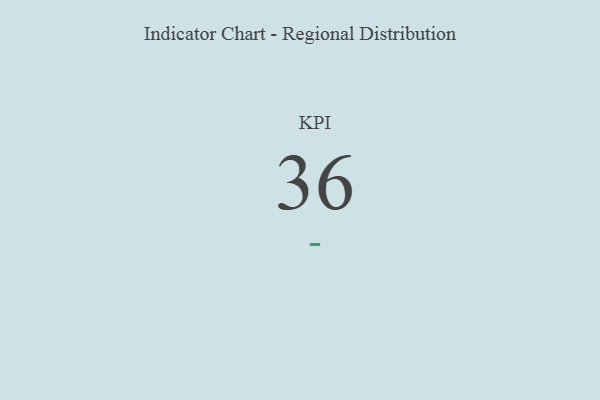
{"axis": {"x": "KPI", "y": "Value"}, "legend": [""], "data": [{"x": "KPI", "y": 36, "type": ""}]}